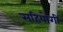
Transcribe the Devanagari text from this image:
सहियोगी